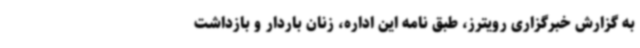
به گزارش خبرگزاری رویترز، طبق نامه این اداره، زنان باردار و بازداشت